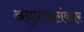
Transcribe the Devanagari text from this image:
अनुप्रासलंकार